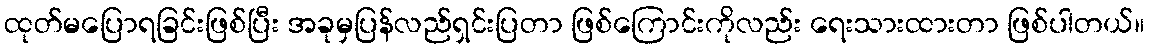
ထုတ်မပြောရခြင်းဖြစ်ပြီး အခုမှပြန်လည်ရှင်းပြတာ ဖြစ်ကြောင်းကိုလည်း ရေးသားထားတာ ဖြစ်ပါတယ်။